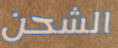
الشحن